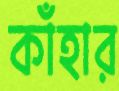
কাঁহার